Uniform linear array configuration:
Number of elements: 24
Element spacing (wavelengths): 0.25
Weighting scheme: hann
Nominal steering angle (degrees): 30
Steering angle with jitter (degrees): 29.012
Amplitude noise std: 0.05
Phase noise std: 0.05

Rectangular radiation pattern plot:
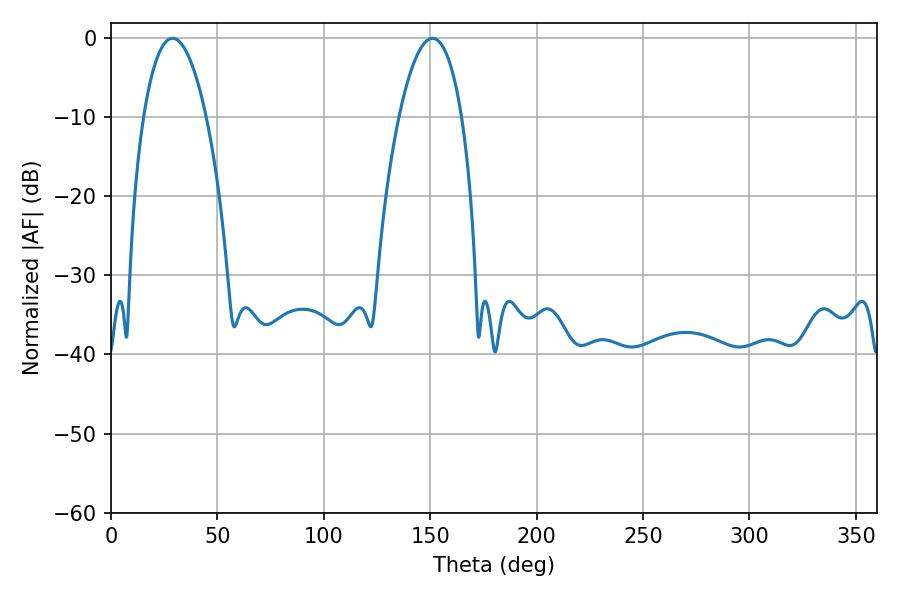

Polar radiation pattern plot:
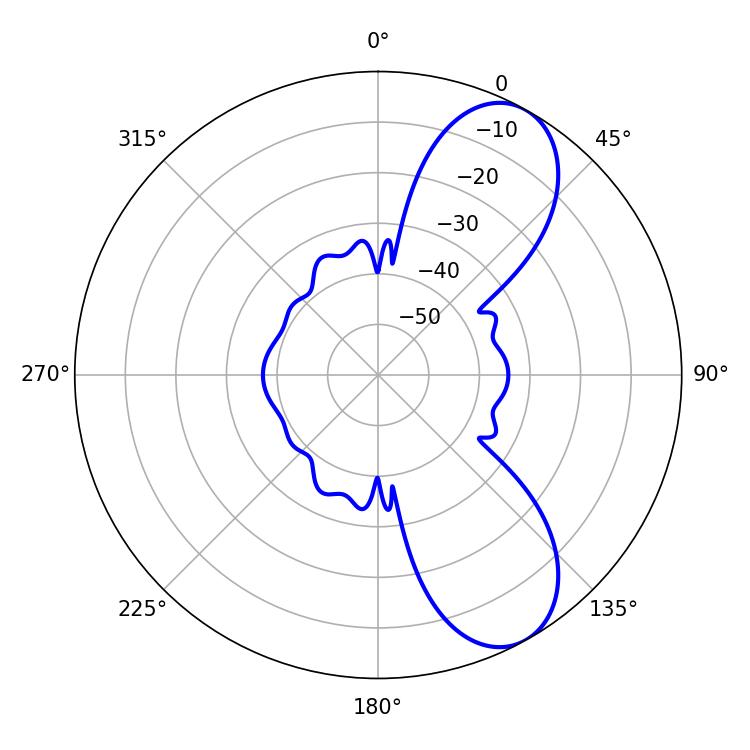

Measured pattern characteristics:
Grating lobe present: FALSE
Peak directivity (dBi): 8.261
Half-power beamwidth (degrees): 16.38
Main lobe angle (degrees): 28.98